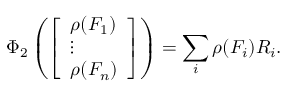
\Phi _ { 2 } \left( { \left[ \begin{array} { l } { \rho ( F _ { 1 } ) } \\ { \vdots } \\ { \rho ( F _ { n } ) } \end{array} \right] } \right) = \sum _ { i } \rho ( F _ { i } ) R _ { i } .